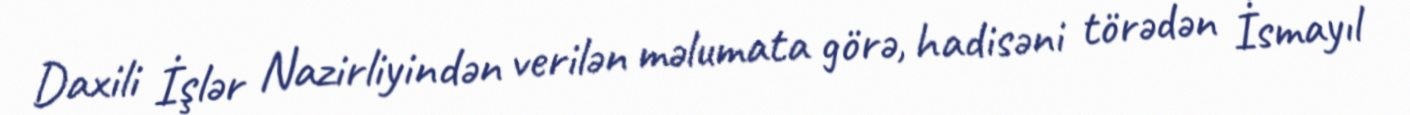
Daxili İşlər Nazirliyindən verilən məlumata görə, hadisəni törədən İsmayıl